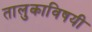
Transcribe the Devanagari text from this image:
तालुकाविषयी